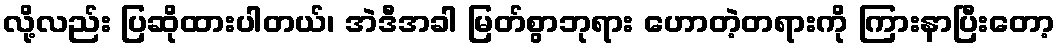
လို့လည်း ပြဆိုထားပါတယ်၊ အဲဒီအခါ မြတ်စွာဘုရား ဟောတဲ့တရားကို ကြားနာပြီးတော့